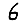
Digit: 6